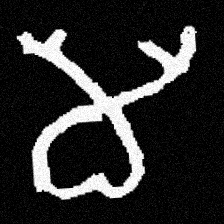
Pyu character \u2014 Myanmar letter: မ (romanized: ma)